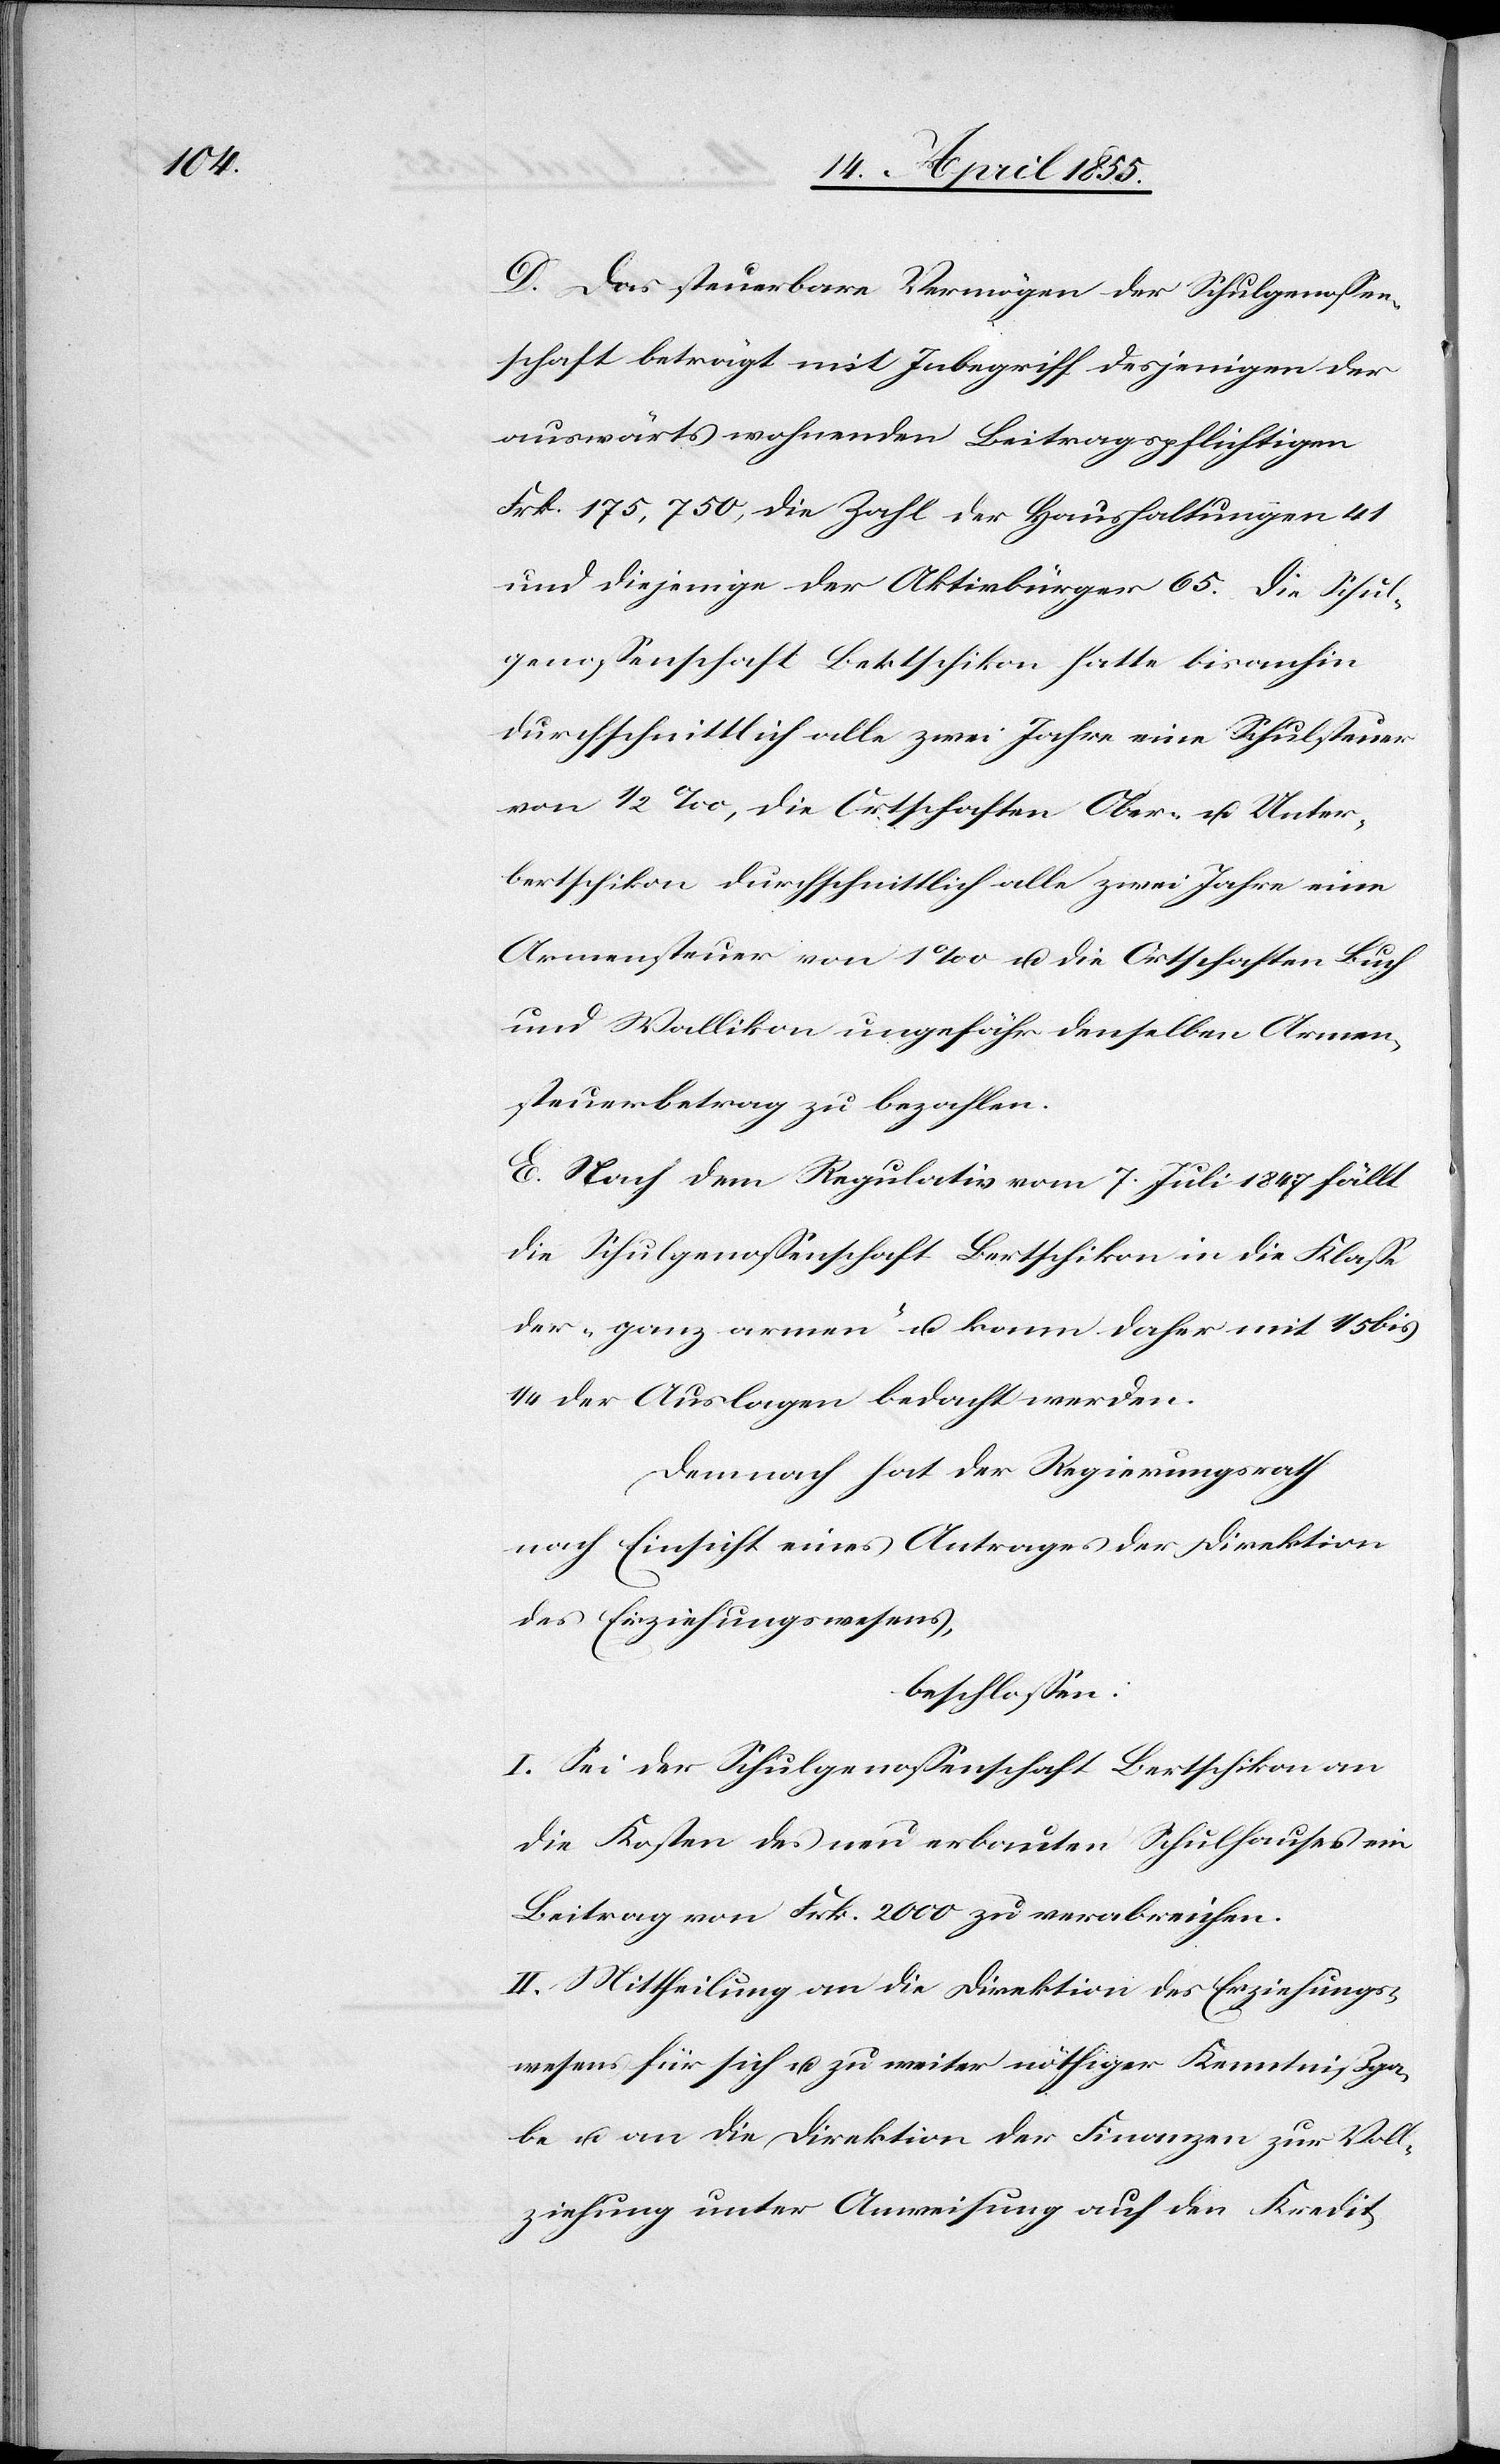
D. Das steuerbare Vermögen der Schulgenossen¬
schaft beträgt mit Inbegriff desjenigen der
auswärts wohnenden Beitragspflichtigen
Frk. 175,750, die Zahl der Haushaltungen 41
und diejenige der Aktivbürger 65. Die Schul¬
genossenschaft Bertschikon hatte bisanhin
durchschnittlich alle zwei Jahre eine Schulsteuer
und Wallikon ungefähr denselben Armen¬
steuerbetrag zu bezahlen.
E. Nach dem Regulativ vom 7. Juni 1847 fällt
die Schulgenossenschaft Bertschikon in die Klasse
der „ganz armen“ u. kann daher mit 1/5 bis
1/4 der Auslagen bedacht werden.
Demnach hat der Regierungsrath
nach Einsicht eines Antrages der Direktion
des Erziehungswesens,
beschlossen:
I. Sei der Schulgenossenschaft Bertschikon an
die Kosten des neu erbauten Schulhauses ein
Beitrag von Frk. 2000 zu verabreichen.
II. Mittheilung an die Direktion des Erziehungs¬
wesens für sich u. zu weiter nöthiger Kenntnißga¬
be u. an die Direktion der Finanzen zur Voll¬
ziehung unter Anweisung auf den Kredit